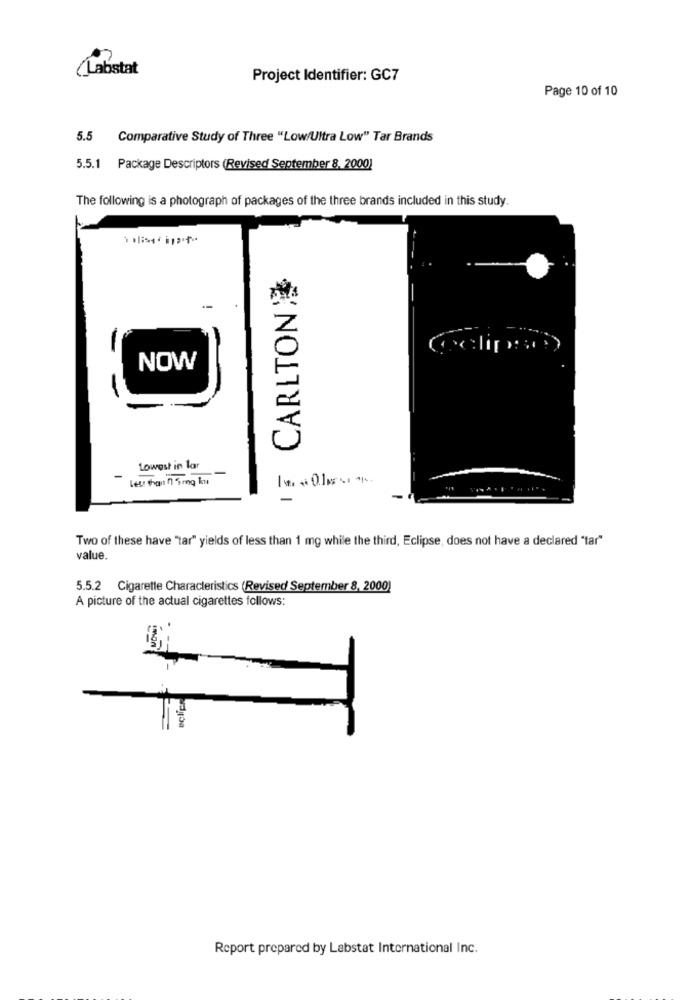
(Labstat
Project Identifier: GC7
Page 10 of 10
5.5
Comparative Study of Three "Low/Ultra Low" Tar Brands
5.5.1 Package Descriptors (Revised September 8, 2000)
The following is a photograph of packages of the three brands included in this study.
CARLTON
NOW
-
Lowest in lar
-
Two of these have "tar" yields of less than 1 mg while the third, Eclipse, does not have a declared "tar"
value.
5.5.2 Cigarette Characteristics (Revised September 8, 2000)
A picture of the actual cigarettes follows:
Report prepared by Labstat International Inc.